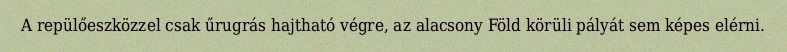
A repülőeszközzel csak űrugrás hajtható végre, az alacsony Föld körüli pályát sem képes elérni.